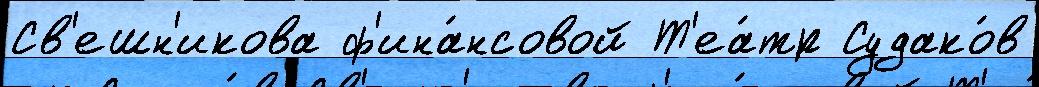
Св'ешн'икова ф'ина́нсовой Т'еа́тр Судако́в